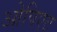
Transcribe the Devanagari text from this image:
ओपिएट